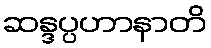
ဆန္ဒပ္ပဟာနာတိ